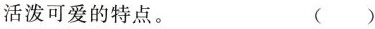
活泼可爱的特点。 ()